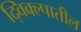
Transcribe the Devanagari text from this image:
द्विक्ल्पातील